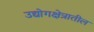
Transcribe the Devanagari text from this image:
उद्योगक्षेत्रातील